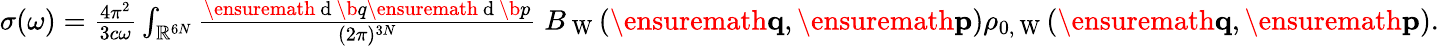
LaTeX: \begin{array}{r}{\sigma(\omega)=\frac{4\pi^{2}}{3c\omega}\int_{\mathbb{R}^{6N}}\frac{\ensuremath{\mathrm{~d~}}\b{q}\ensuremath{\mathrm{~d~}}\b{p}}{(2\pi)^{3N}}\; B_{\mathrm{~W~}}(\ensuremath{\mathbf{q}},\ensuremath{\mathbf{p}})\rho_{0,\mathrm{~W~}}(\ensuremath{\mathbf{q}},\ensuremath{\mathbf{p}}).}\end{array}